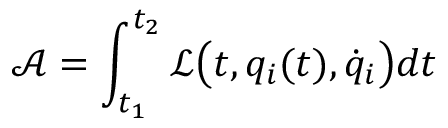
\mathcal { A } = \int _ { t _ { 1 } } ^ { t _ { 2 } } \mathcal { L } \big ( t , q _ { i } ( t ) , \dot { q } _ { i } \big ) d t